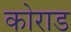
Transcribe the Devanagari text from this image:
कोराड